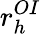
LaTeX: r_{h}^{OI}